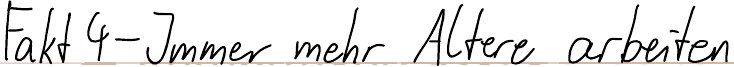
Fakt 4 - Immer mehr Ältere arbeiten